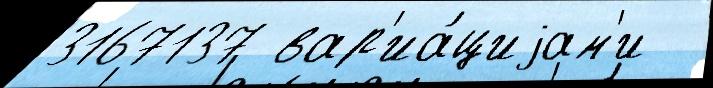
3167137 вар'иа́циjам'и